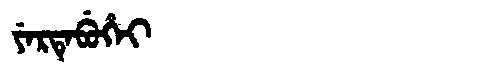
Manchu: ᠶᡝᡵᡨᡝᠪᡠᡥᡝᡳ
Romanization: YERTEBUHEI